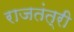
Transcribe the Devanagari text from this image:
राजतंत्री